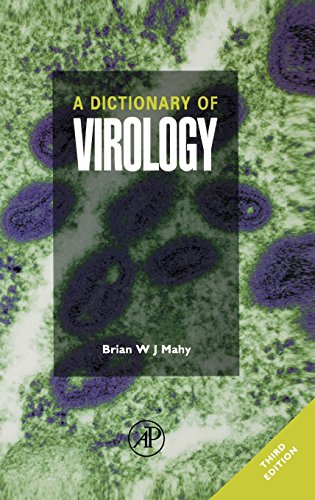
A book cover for A Dictionary of Virology, Third Edition; Gerard Meurant; Medical Books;